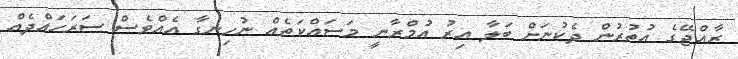
ރާއްޖޭގެ އުތުރުން ދެކުނަށް ބަލާ އިރު އުމްރާނީ މަސައްކަތެއް ނުހިނގާ އެއްވެސް ސަރަހައްދެއް